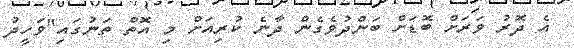
އެ ދޮރު ވަރަށް ބޮޑަށް ބަންދުވެގެން ދާނެ ކުރިއަށް މި އޮތް ތަނުގައި"ވަހީދު